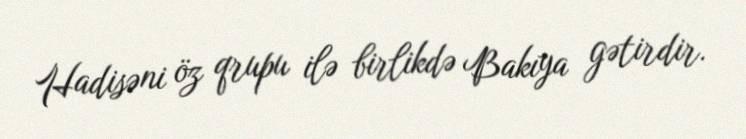
Hadisəni öz qrupu ilə birlikdə Bakıya gətirdir.